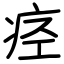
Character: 痉